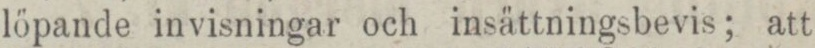
löpande invisningar och insättningsbevis; att